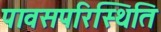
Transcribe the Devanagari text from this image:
पावसपरिस्थिति